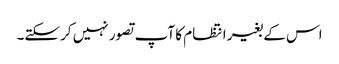
اس کے بغیر انتظام کا آپ تصور نہیں کرسکتے۔